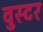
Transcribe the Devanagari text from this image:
वुस्टर